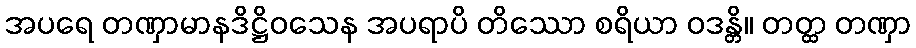
အပရေ တဏှာမာနဒိဋ္ဌိဝသေန အပရာပိ တိဿော စရိယာ ဝဒန္တိ။ တတ္ထ တဏှာ